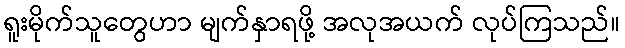
ရူးမိုက်သူတွေဟာ မျက်နှာရဖို့ အလုအယက် လုပ်ကြသည်။